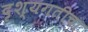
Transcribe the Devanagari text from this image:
दृश्यगतीचा